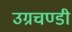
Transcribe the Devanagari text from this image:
उग्रचण्डी